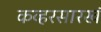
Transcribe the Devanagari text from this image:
कव्हरसारखं